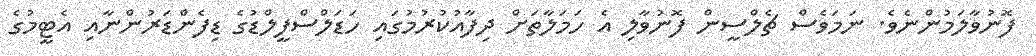
ފޮނުވާލަމުންނެވެ. ނަމަވެސް ޗެލްސީން ފޮނުވާލި އެ ހަމަލާތަށް ދިފާއުކުރުމުގައި ހަޑަލްސްފީލްޑުގެ ޑިފެންޑަރުންނާއި އެޓީމުގެ